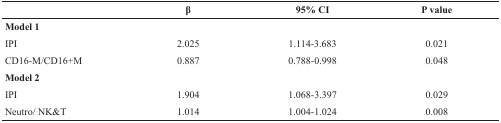
<table><thead><tr><td></td><td><b>β</b></td><td><b>95% CI</b></td><td><b>P value</b></td></tr></thead><tbody><tr><td><b>Model 1</b></td><td></td><td></td><td></td></tr><tr><td>IPI</td><td>2.025</td><td>1.114-3.683</td><td>0.021</td></tr><tr><td>CD16-M/CD16+M</td><td>0.887</td><td>0.788-0.998</td><td>0.048</td></tr><tr><td><b>Model 2</b></td><td></td><td></td><td></td></tr><tr><td>IPI</td><td>1.904</td><td>1.068-3.397</td><td>0.029</td></tr><tr><td>Neutro/ NK&amp;T</td><td>1.014</td><td>1.004-1.024</td><td>0.008</td></tr></tbody></table>